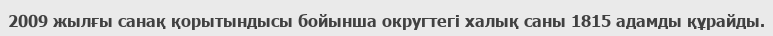
2009 жылғы санақ қорытындысы бойынша округтегі халық саны 1815 адамды құрайды.